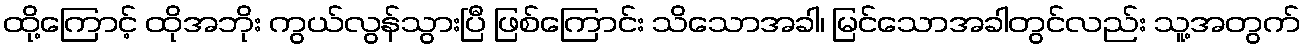
ထို့ကြောင့် ထိုအဘိုး ကွယ်လွန်သွားပြီ ဖြစ်ကြောင်း သိသောအခါ၊ မြင်သောအခါတွင်လည်း သူ့အတွက်